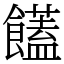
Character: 饚